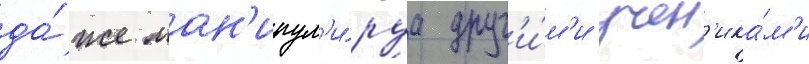
да́же ман'ипул'и́руа друг'и́м'и учен'ика́м'и